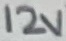
Text: 12V